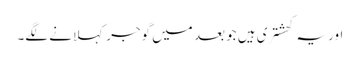
اور یہ کھشتری ہیں جو بعد میں گوجر کہلانے لگے۔